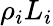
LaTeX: \rho_{i}L_{i}